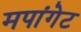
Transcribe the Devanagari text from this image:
मपांगेट